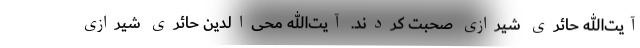
آیت‌الله حائری شیرازی صحبت کردند. آیت‌الله محی‌الدین حائری شیرازی